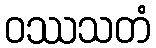
ဝဿသတံ